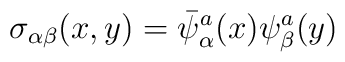
\sigma_{\alpha\beta} (x,y)=\bar{\psi}_{\alpha}^{a}(x)\psi_{\beta}^{a}(y)